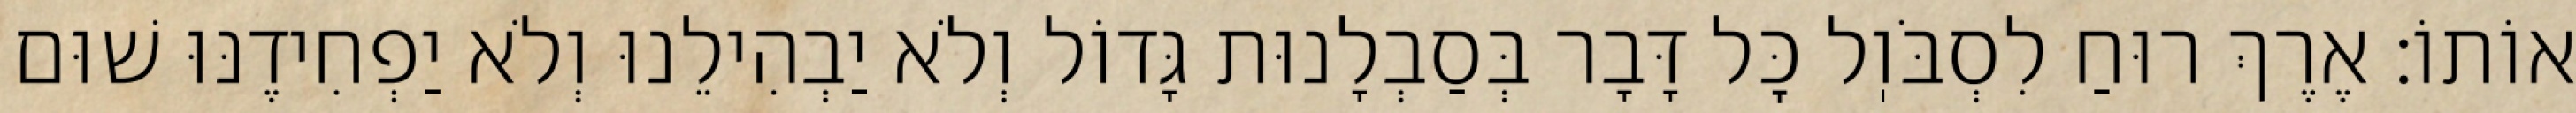
אוֹתוֹ: אֶרֶךְ רוּחַ לִסְבֹּוֽל כׇּל דָּבָר בְּסַבְלָנוּת גָּדוֹל וְלֹא יַבְהִילֵנוּ וְלֹא יַפְחִידֶנּוּ שׁוּם